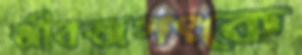
জীবজগৎকে